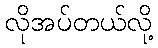
လိုအပ်တယ်လို့